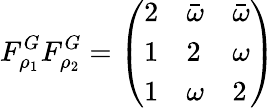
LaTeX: F_{\rho_{1}}^{G}F_{\rho_{2}}^{G}=\left(\begin{array}{lll}{2}&{\bar{\omega}}&{\bar{\omega}}\\ {1}&{2}&{\omega}\\ {1}&{\omega}&{2}\end{array}\right)